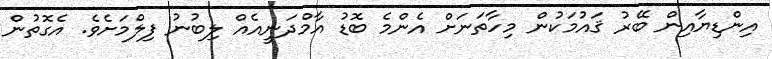
އިންޑިޔާއިން ބޭރު ޤައުމަކުން މިހާތަނަށް އެންމެ ބޮޑު އާމްދަނީއެއް ލިބުނު ފިލްމަށެވެ. އެގޮތުން